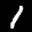
Label: 1